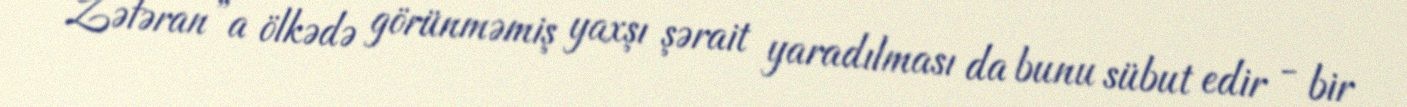
“Zəfəran”a ölkədə görünməmiş yaxşı şərait yaradılması da bunu sübut edir - bir